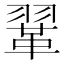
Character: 𫖈